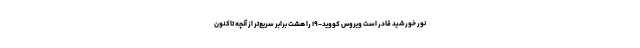
نور خورشید قادر است ویروس کووید-۱۹ را هشت برابر سریع‌تر از آنچه تاکنون